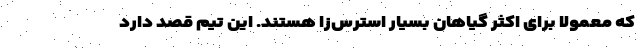
که معمولاً برای اکثر گیاهان بسیار استرس‌زا هستند. این تیم قصد دارد